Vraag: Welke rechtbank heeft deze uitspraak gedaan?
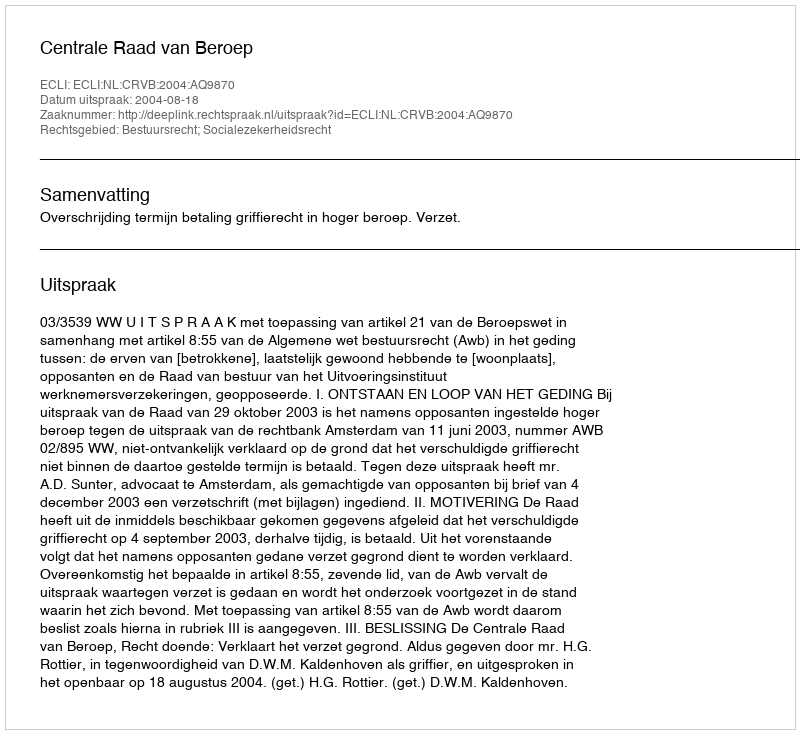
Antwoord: Centrale Raad van Beroep